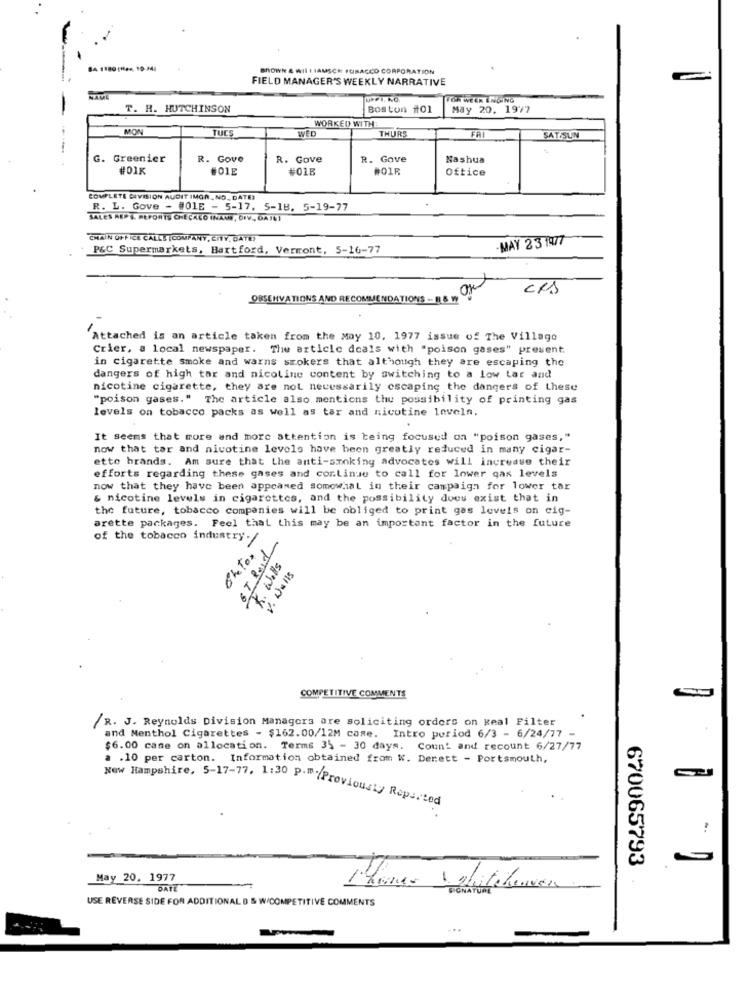
84 1880 (164, 10-141
BROWN & WIL I IAMSCH PUBACCO CORPORATION
FIELD MANAGER'S WEEKLY NARRATIVE
FOR WEEK ENGING
T. H. HUTCHINSON
Boston #01
May 20. 1977
WORKED WITH
MON
TUCS
WED
THURS
FA
SATISUN
G. Greenier
R. Gove
R. Gove
R. Gave
Nashua
#01K
#01E
#01B
#01R
Oftice
COMPLETE DIVISION AUDIT IMGA. NO. DATE
R. L. Gove - #01E - 5-17. 5-18. 5-19-77
SALES REP S. REPORTS CHECALO INANS, CIV ., DAIN)
CHAIN UFFICE CALLS |COMPANY, CITY, DATE)
MAY 2 3 197
P&C Supermarkets, Hartford, Vermont, 5-16-77
Or
CRA
OBSERVATIONS AND RECOMMENDATIONS -- B & W
Attached is an article taken from the May 10, 1977 issue of The Village
Crier, a local newspaper. The article deals with "poison gases" present
in cigarette smoke and warns smokers that although they are escaping the
dangers of high tar and nicoline content by switching to a low Lar and
nicotine cigarette, they are not necessarily escaping the dangers of these
"poison gases." The article also mentions the possibility of printing gas
levels on tobacco packs as well as tar and nicotine leveln.
It seems that more and more attention is being focused on "poison gases,"
now that tar and nicotine levels have been greatly reduced in many cigar-
ette brands. Am sure that the anti-smoking advocates will increase their
efforts regarding these gases and continue to call for lower gas levels
now that they have been appeared somewhat in their campaign for lower tar
& nicotine levels in cigarettes, and the possibility does exist that in
the future, tobacco companies will be obliged to print gas levels on cig-
arette packages. Feel that this may be an important factor in the future
of the tobacco industry.
R. Wells
V . Walls
- 140
COMPETITIVE COMMENTS
/R. J. Reynolds Division Managers are soliciting orders on Real Filter
and Menthol Cigarettes - $162.00/12M came. Intro period 6/3 - 6/24/77 -
$6.00 cane on allocation. Terms 35 - 30 days. Count and recount 6/27/77
. . 10 per carton. Information obtained from W. Derett - Portsmouth,
New Hampshire, 5-17-77, 1:30 P.m. Previously Reported
670065793
-
May 20. 1977
DATE
Chines glitcheven
USE REVERSE SIDE FOR ADDITIONAL D & W/COMPETITIVE COMMENTS